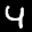
Label: 4